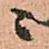
ニ